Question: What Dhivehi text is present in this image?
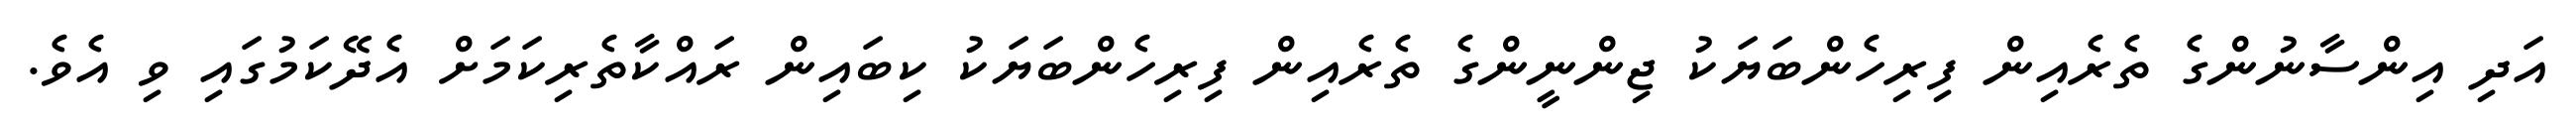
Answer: އަދި އިންސާނުންގެ ތެރެއިން ފިރިހެންބަޔަކު ޖިންނީންގެ ތެރެއިން ފިރިހެންބަޔަކު ކިބައިން ރައްކާތެރިކަމަށް އެދޭކަމުގައި ވި އެވެ.